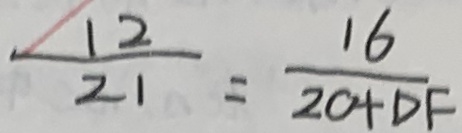
\frac { 1 2 } { 2 1 } = \frac { 1 6 } { 2 0 + D F }